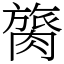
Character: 膐